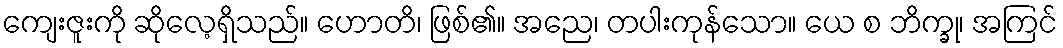
ကျေးဇူးကို ဆိုလေ့ရှိသည်။ ဟောတိ၊ ဖြစ်၏။ အညေ၊ တပါးကုန်သော။ ယေ စ ဘိက္ခု၊ အကြင်